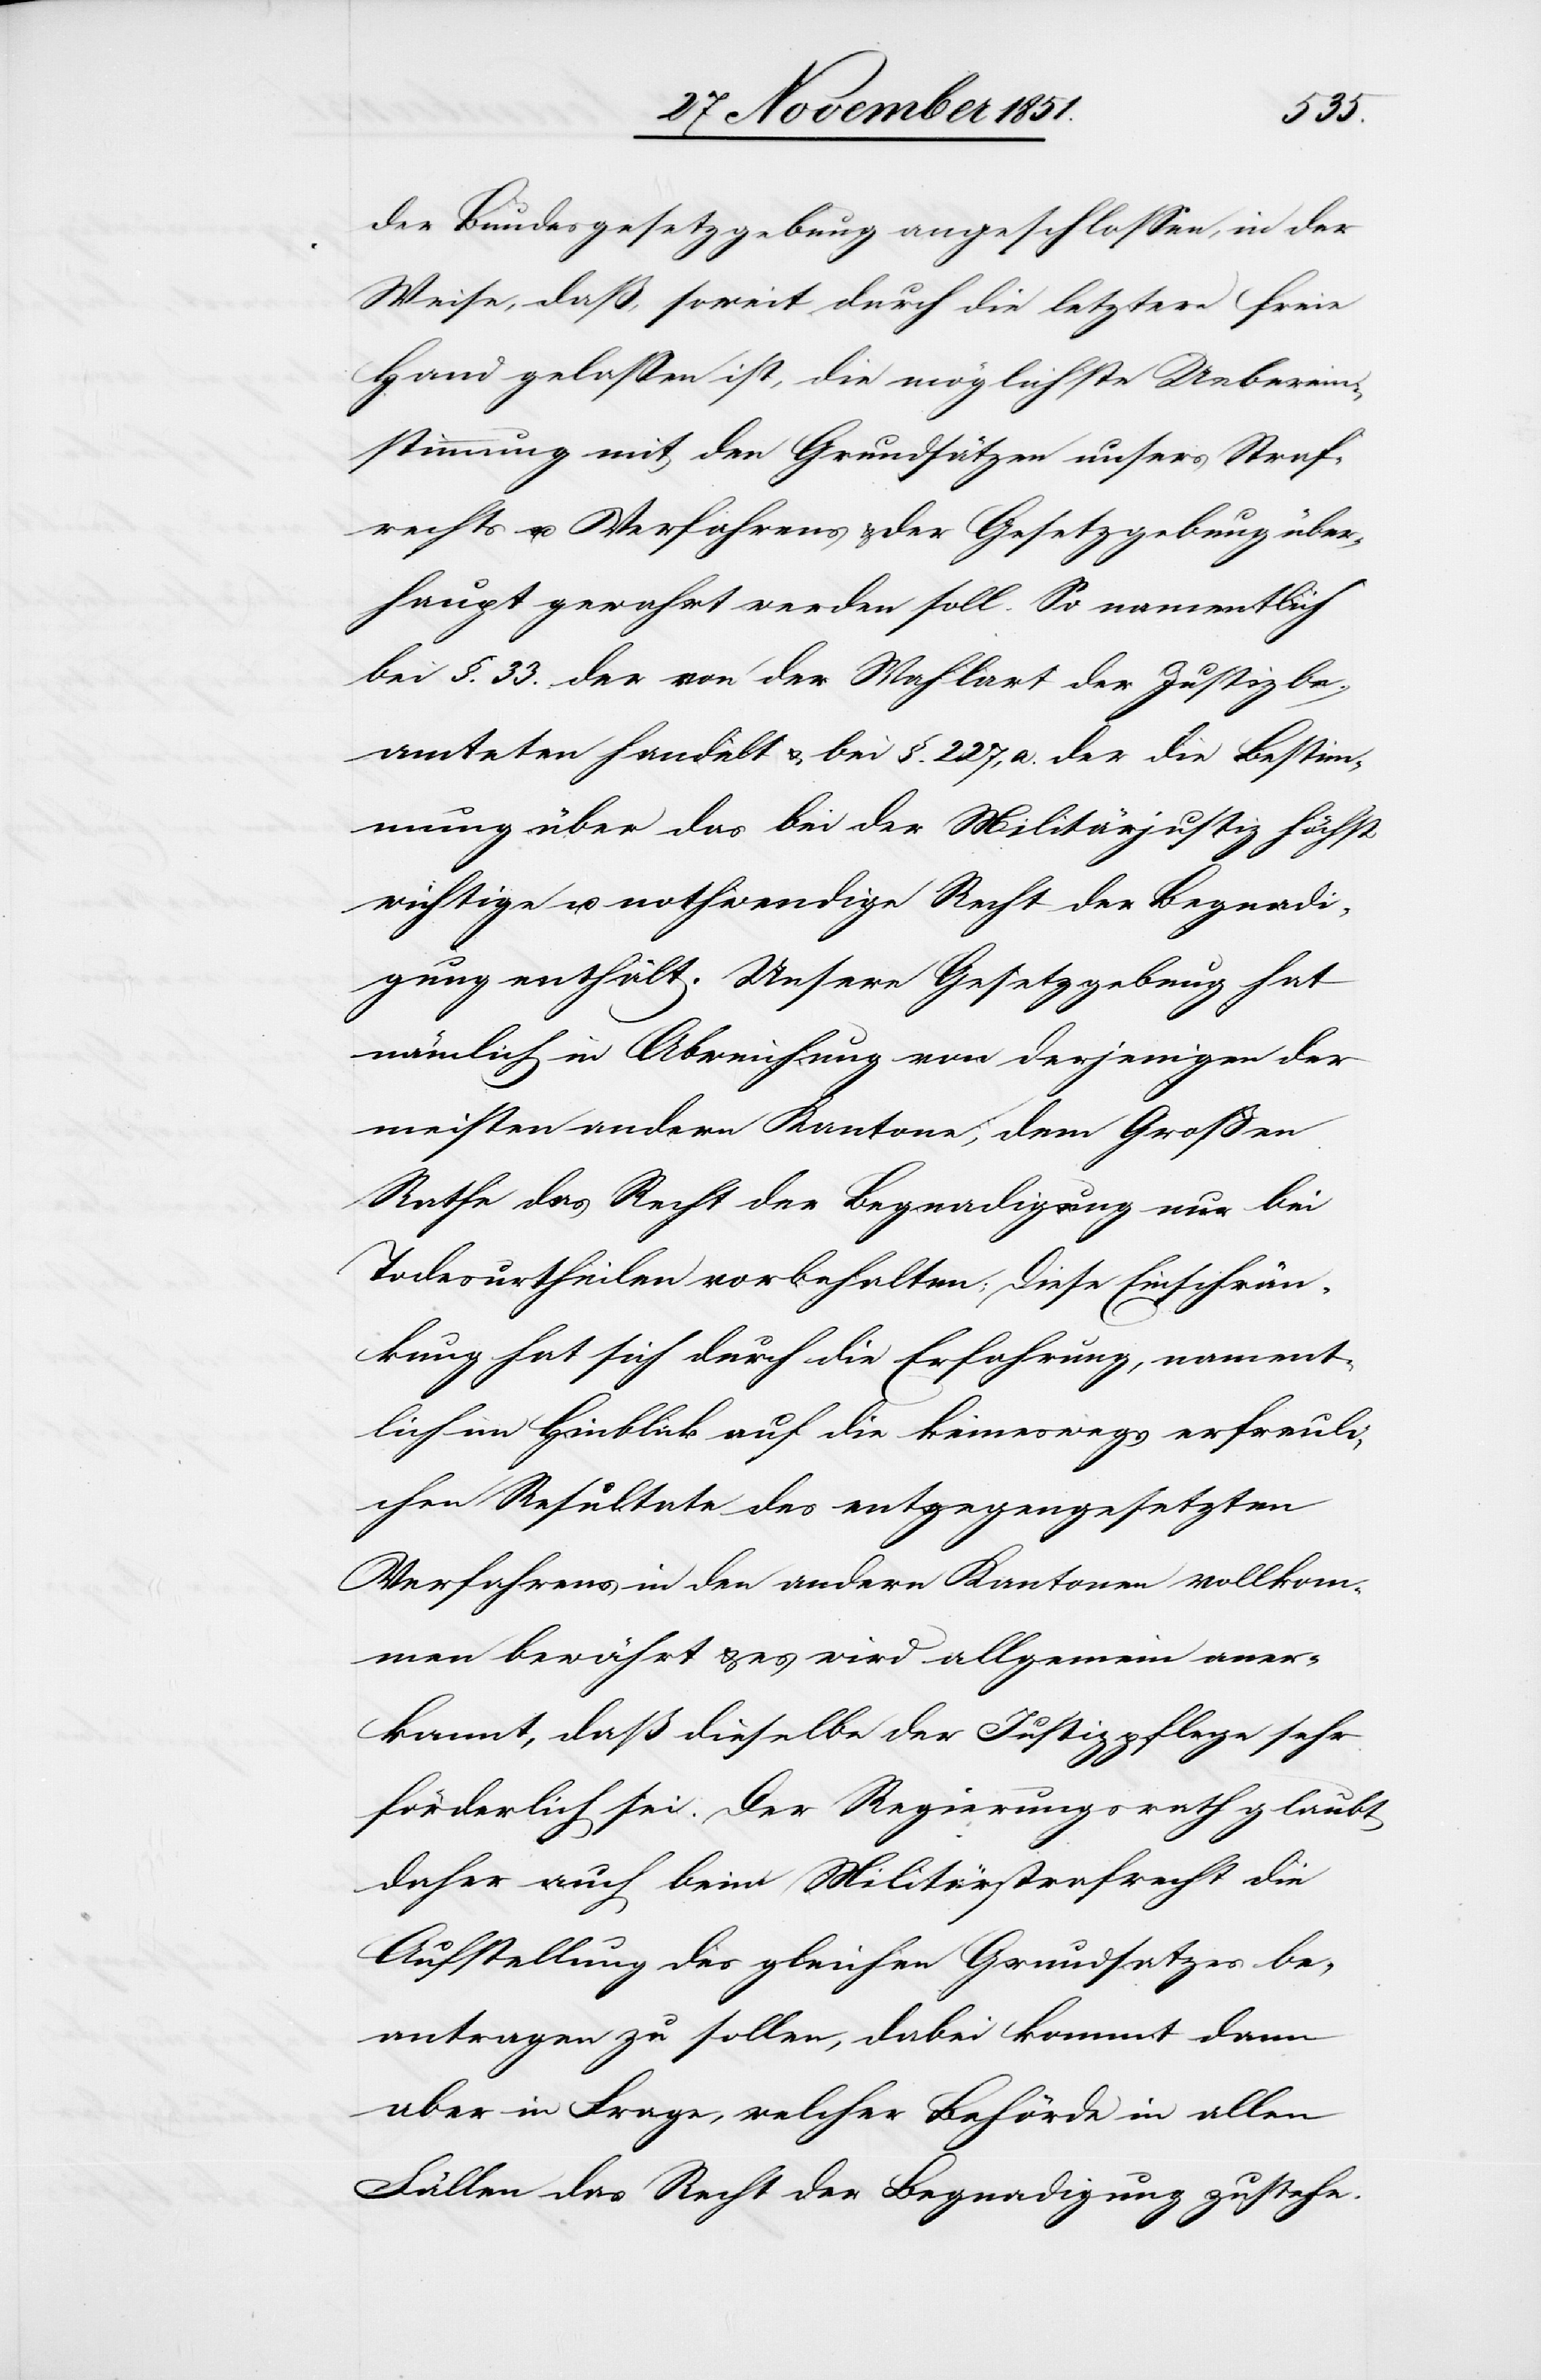
der Bundesgesetzgebung angeschlossen, in der
Weise, daß, soweit durch die letztere freie
Hand gelassen ist, die möglichste Ueberein¬
stimmung mit den Grundsätzen unsers Straf¬
rechts u. Verfahrens & der Gesetzgebung über¬
haupt gewahrt werden soll. So namentlich
bei §. 33. der von der Wahlart der Justizbe¬
amteten handelt & bei §. 227, a. der die Bestim¬
mung über das bei der Militärjustiz höchst
wichtige u. nothwendige Recht der Begnadi¬
gung enthält. Unsere Gesetzgebung hat
nämlich in Abweichung von derjenigen der
meisten andern Kantone, dem Großen
Rathe das Recht der Begnadigung nur bei
Todesurtheilen vorbehalten; Diese Einschrän¬
kung hat sich durch die Erfahrung, nament¬
lich im Hinblick auf die keineswegs erfreuli¬
chen Resultate des entgegengesetzten
Verfahrens in den andern Kantonen vollkom¬
men bewährt & es wird allgemein aner¬
kannt, daß dieselbe der Justizpflege sehr
förderlich sei. Der Regierungsrath glaubt
daher auch beim Militärstrafrecht die
Aufstellung des gleichen Grundsatzes be¬
antragen zu sollen, dabei kommt dann
aber in Frage, welcher Behörde in allen
Fällen das Recht der Begnadigung zustehe.